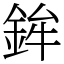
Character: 鉾